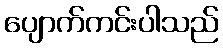
ပျောက်ကင်းပါသည်